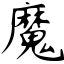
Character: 魔